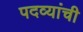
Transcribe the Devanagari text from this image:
पदव्यांची